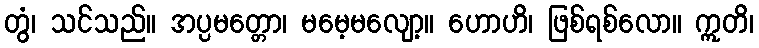
တွံ၊ သင်သည်။ အပ္ပမတ္တော၊ မမေ့မလျော့။ ဟောဟိ၊ ဖြစ်ရစ်လော။ ဣတိ၊